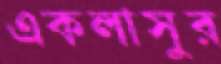
একলাসুর